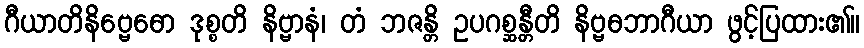
ဂီယာတိနိဗ္ဗေဓော ဒုစ္စတိ နိဗ္ဗာနံ၊ တံ ဘဇန္တိ ဥပဂစ္ဆန္တီတိ နိဗ္ဗဓဘာဂီယာ ဖွင့်ပြထား၏။